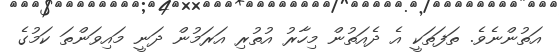
އަތުންނެވެ. ތަފަތަކީ އެ ދެއަތުން މިހާރު އުތުރި އަރަމުން ދަނީ މައިވަންތަ ކަމުގެ